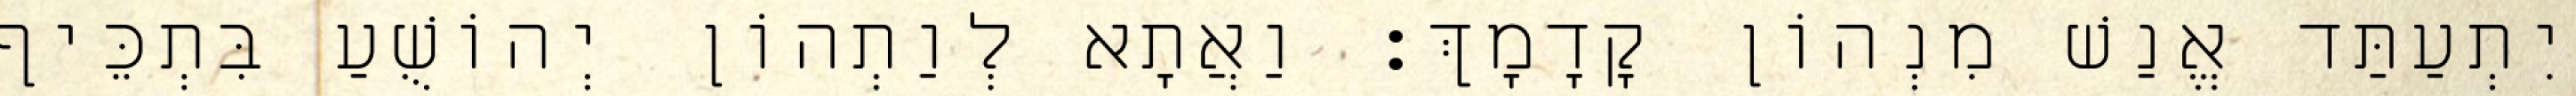
יִתְעַתַּד אֱנַשׁ מִנְהוֹן קָדָמָךְ׃ וַאֲתָא לְוַתְהוֹן יְהוֹשֻׁעַ בִּתְכֵּיף